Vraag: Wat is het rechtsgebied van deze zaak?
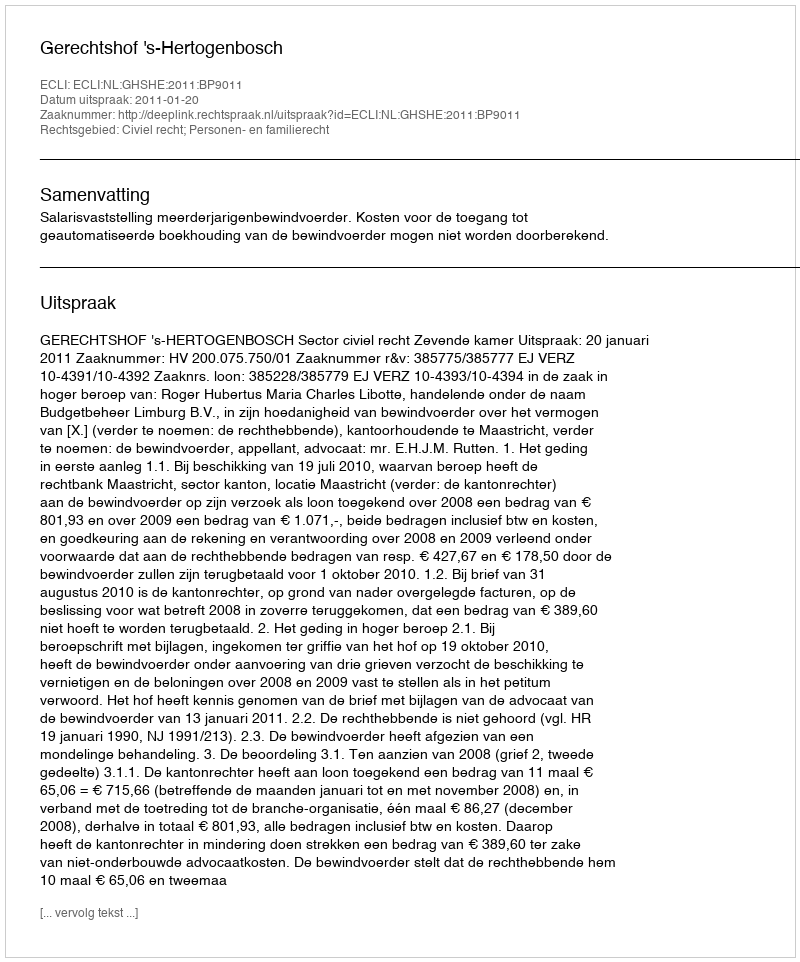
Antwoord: Civiel recht; Personen- en familierecht